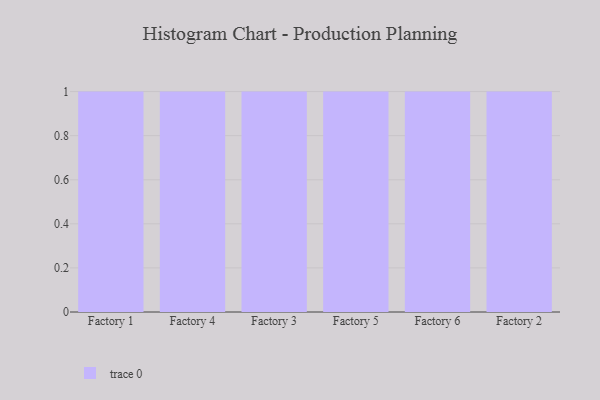
{"axis": {"x": "Factory", "y": "Satisfaction Score"}, "legend": [""], "data": [{"x": "Factory 1", "y": 94, "type": ""}, {"x": "Factory 4", "y": 94, "type": ""}, {"x": "Factory 3", "y": 31, "type": ""}, {"x": "Factory 5", "y": 54, "type": ""}, {"x": "Factory 6", "y": 44, "type": ""}, {"x": "Factory 2", "y": 45, "type": ""}]}